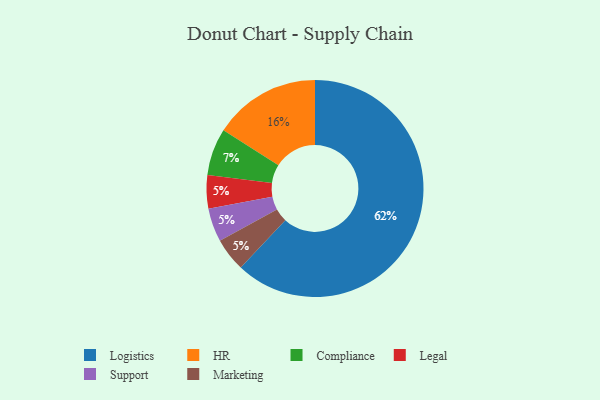
{"axis": {"x": "Category", "y": "Percentage"}, "legend": ["Compliance", "HR", "Legal", "Logistics", "Marketing", "Support"], "data": [{"x": "Legal", "y": 5, "type": "Legal"}, {"x": "Logistics", "y": 62, "type": "Logistics"}, {"x": "Support", "y": 5, "type": "Support"}, {"x": "Compliance", "y": 7, "type": "Compliance"}, {"x": "Marketing", "y": 5, "type": "Marketing"}, {"x": "HR", "y": 16, "type": "HR"}]}